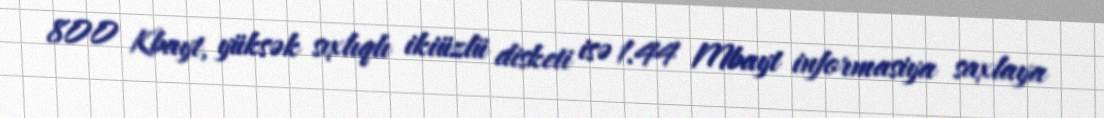
800 Kbayt, yüksək sıxlıqlı ikiüzlü disketi isə 1.44 Mbayt informasiya saxlaya